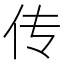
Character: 传